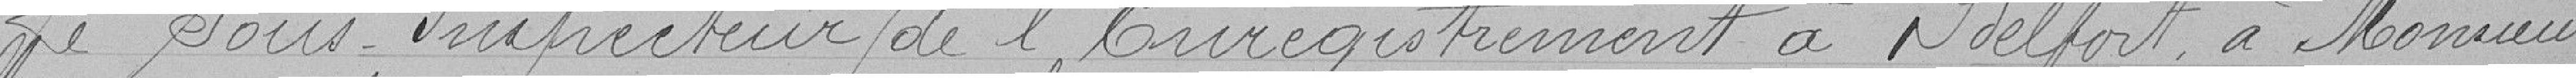
Le Sous-Inspecteur de l'Enregistrement à Belfort, à Monsieur